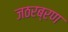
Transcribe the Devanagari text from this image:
जठरब्रण